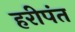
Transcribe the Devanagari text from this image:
हरीपंत